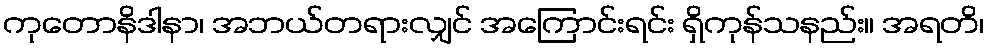
ကုတောနိဒါနာ၊ အဘယ်တရားလျှင် အကြောင်းရင်း ရှိကုန်သနည်း။ အရတိ၊